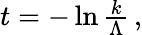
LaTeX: \begin{array}{r}{t=-\ln{\frac{k}{\Lambda}}\, ,}\end{array}